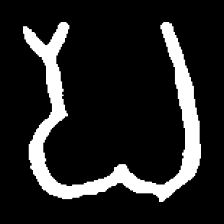
Pyu character \u2014 Myanmar letter: ပ (romanized: pa)